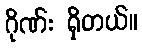
ဂိုဏ်း ရှိတယ်။